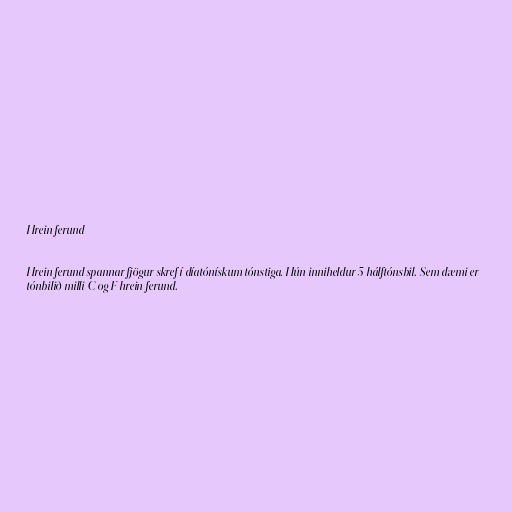
Hrein ferund

Hrein ferund spannar fjögur skref í díatónískum tónstiga. Hún inniheldur 5 hálftónsbil. Sem dæmi er
tónbilið milli C og F hrein ferund.